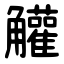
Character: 䚭